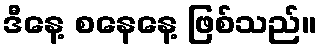
ဒီနေ့ စနေနေ့ ဖြစ်သည်။